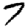
Digit: 7